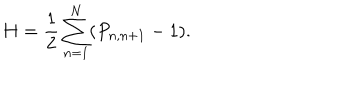
H = \frac { 1 } { 2 } \sum _ { n = 1 } ^ { N } ( P _ { n , n + 1 } - 1 ) .